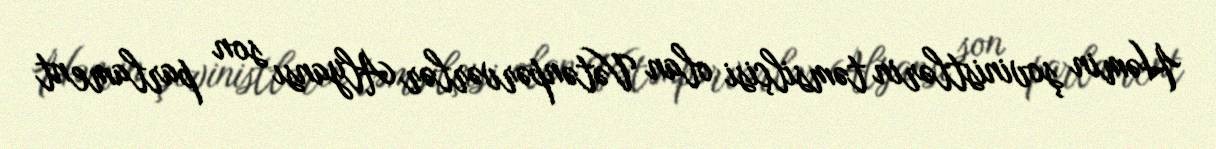
Həmin şovinistlərin təmsilçisi olan Vətənpərvərlər Alyansı son parlament